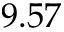
9 . 5 7